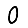
Digit: 0